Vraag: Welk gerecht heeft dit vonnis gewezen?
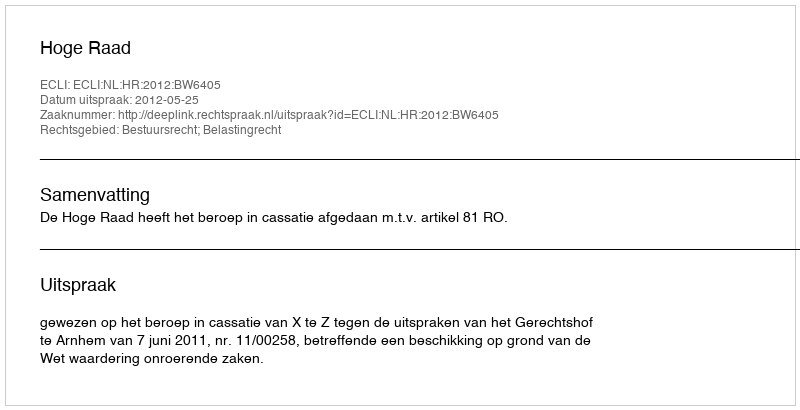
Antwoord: Hoge Raad